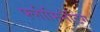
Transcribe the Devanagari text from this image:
फ्लीमिनेटिंग